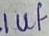
Text: 1uf